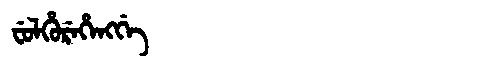
Manchu: ᠸᡠᠯᡥᡠᡵᡝᡥᡝᠩᡤᡝ
Romanization: FULHUREHENGGE